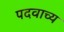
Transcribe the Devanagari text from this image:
पदवाच्य